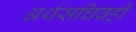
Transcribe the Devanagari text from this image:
अर्थसचिवही